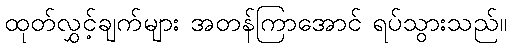
ထုတ်လွှင့်ချက်များ အတန်ကြာအောင် ရပ်သွားသည်။